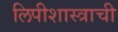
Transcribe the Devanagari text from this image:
लिपीशास्त्राची